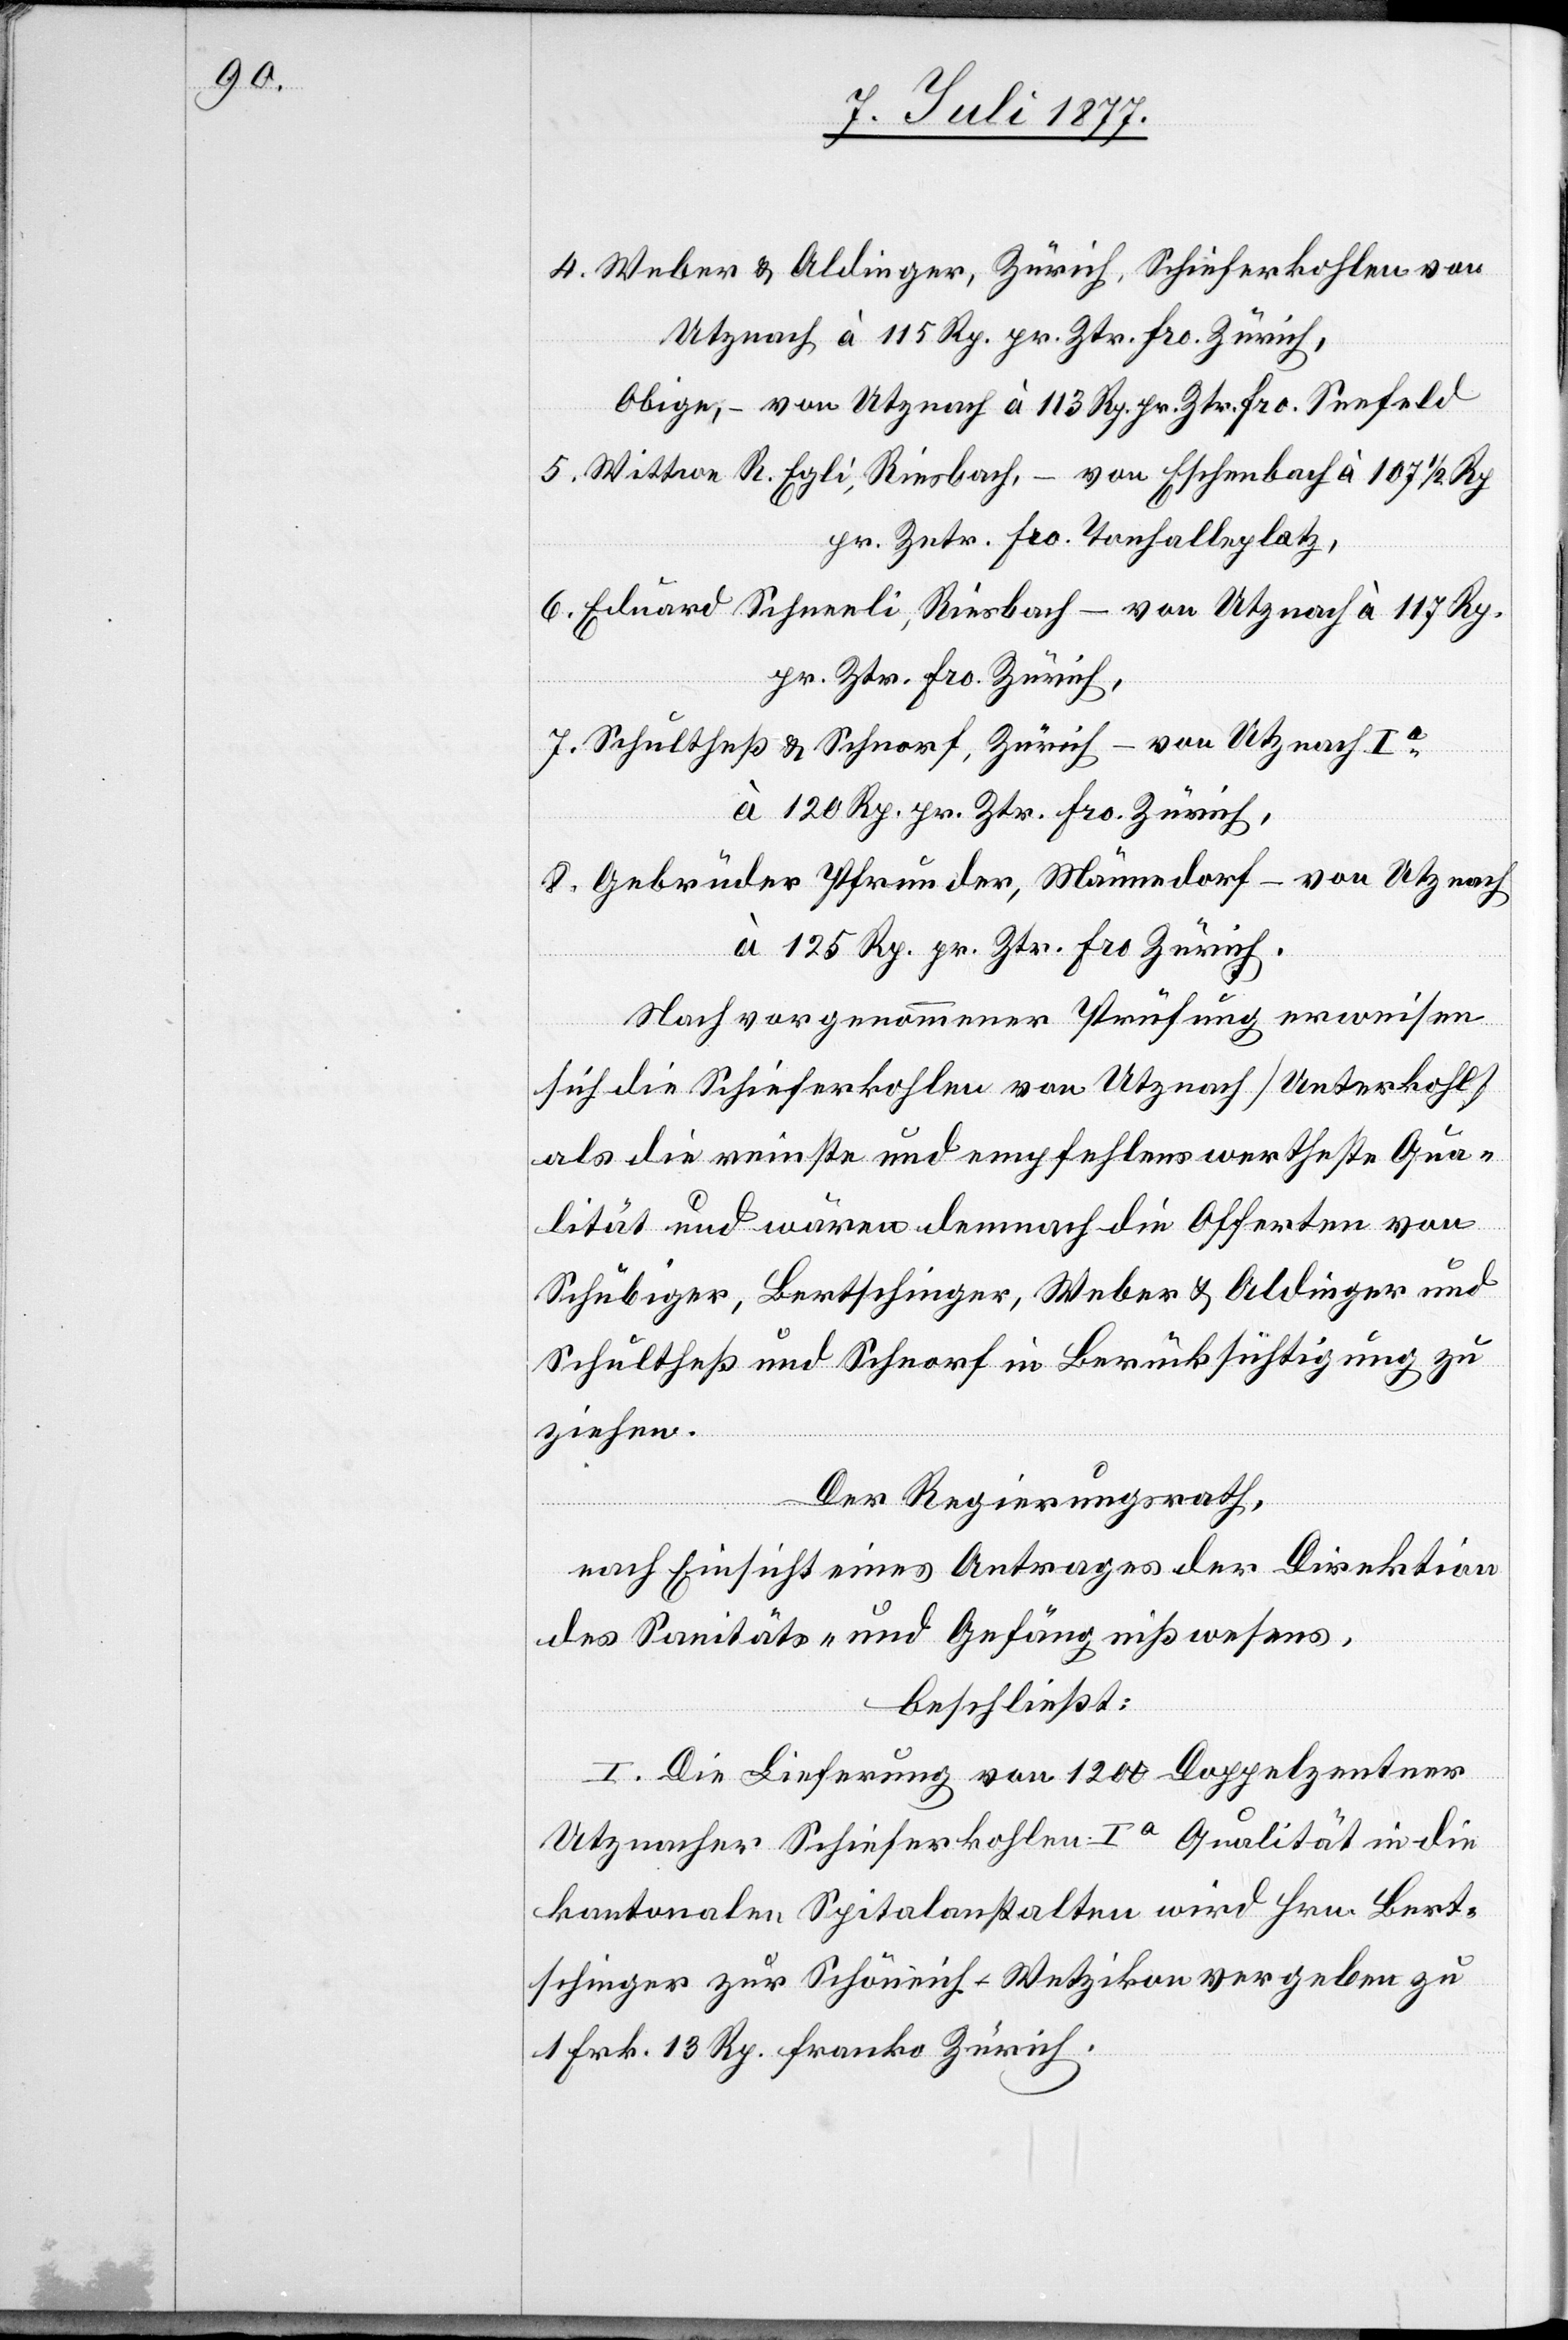
4.

Weber & Aldinger, Zürich, Schieferkohlen von
Utznach à 115 Rp. pr. Ztr. fro. Zürich,
Obige, – von Utznach à 113 Rp. pr. Ztr. fro. Seefeld
Wittwe R. Egli, Riesbach, – von Eschenbach à 107 1/2 Rp.
pr. Zntr. fro. Tonhalleplatz,
Eduard Schneeli, Riesbach – von Utznach à 117 Rp.
pr. Ztr. fro. Zürich,
Schultheß & Schnorf, Zürich – von Utznach Ia
à 120 Rp. pr. Ztr. fro. Zürich
Gebrüder Pfrunder, Männedorf – von Utznach
à 125 Rp. pr. Ztr. fro. Zürich.
Nach vorgenommener Prüfung erweisen
sich die Schieferkohlen von Utznach [Unterkohl]
als die reinste und empfehlenswertheste Qua¬
lität und wären demnach die Offerten von
Schubiger, Bertschinger, Weber & Aldinger und
Schultheß und Schnorf in Berücksichtigung zu
ziehen.
Der Regierungsrath,
nach Einsicht eines Antrages der Direktion
des Sanitäts- und Gefängnißwesens,
beschließt:
I. Die Lieferung von 1200 Doppelzentner
Utznacher Schieferkohlen Ia Qualität in die
kantonalen Spitalanstalten wird Hrn. Bert¬
schinger zur Schöneich - Wetzikon vergeben zu
1 Frk. 13 Rp. franko Zürich.